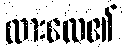
ထားလေ၏